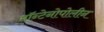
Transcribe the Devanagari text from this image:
मॉन्टेनोपोलीन